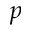
p